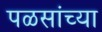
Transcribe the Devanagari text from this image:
पळसांच्या